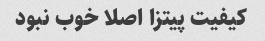
کیفیت پیتزا اصلا خوب نبود